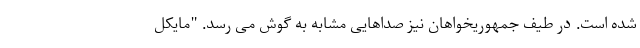
شده است. در طیف جمهوریخواهان نیز صداهایی مشابه به گوش می رسد. "مایکل